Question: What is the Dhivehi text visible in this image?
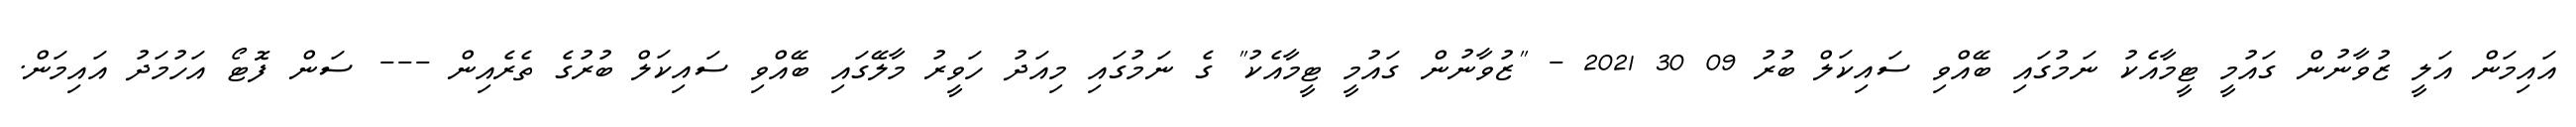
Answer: އައިމަން އަލީ ޒުވާނުން ގައުމީ ޓީމާއެކު ނަމުގައި ބޭއްވި ސައިކަލް ބުރު 09 30 2021 - "ޒުވާނުން ގައުމީ ޓީމާއެކު" ގެ ނަމުގައި މިއަދު ހަވީރު މާލޭގައި ބޭއްވި ސައިކަލް ބުރުގެ ތެރެއިން --- ސަން ފޮޓޯ އަހުމަދު އައިމަން.